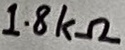
Text: 1.8kΩ